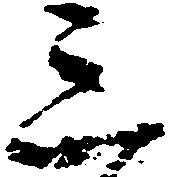
三